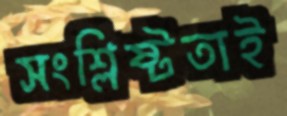
সংশ্লিষ্টতাই